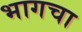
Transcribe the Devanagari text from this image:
भागचा